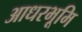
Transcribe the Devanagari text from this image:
आधरभूमि